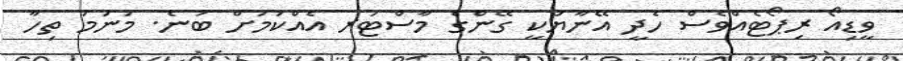
ވީޑިއޯ ރިޕޯޓެއްވެސް ހެދީ އޭނާޔަކީ ގޭންގެ މާސްޓަރ އެއްކަމަށް ބުނެ. މަނަމަ ތިހާ